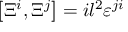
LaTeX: \left[ \Xi ^ { i } , \Xi ^ { j } \right] = i l ^ { 2 } { \varepsilon } ^ { j i }